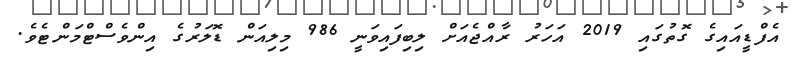
އެފްޑީއައިގެ ގޮތުގައި 2019 އަހަރު ރާއްޖެއަށް ލިބިފައިވަނީ 986 މިލިއަން ޑޮލަރުގެ އިންވެސްޓްމަންޓެވެ.